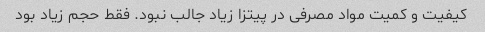
کیفیت و کمیت مواد مصرفی در پیتزا زیاد جالب نبود. فقط حجم زیاد بود